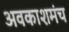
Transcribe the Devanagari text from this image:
अवकाशमंच